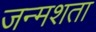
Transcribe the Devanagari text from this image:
जन्मशता